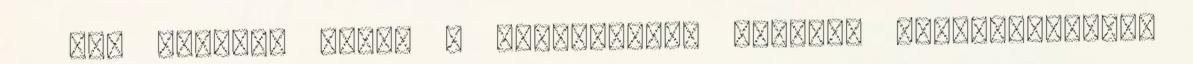
nem tudnánk ehhez a méltósághoz méltóan megnyilatkozni